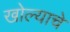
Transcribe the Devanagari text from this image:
खोल्याचे